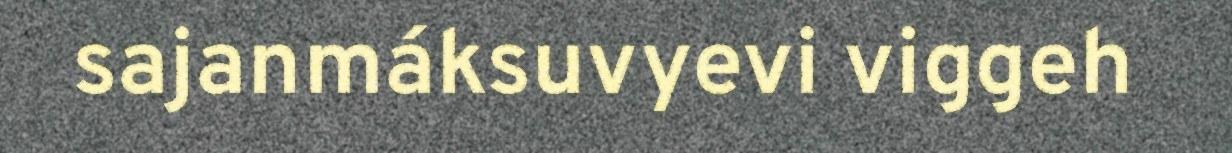
sajanmáksuvyevi viggeh